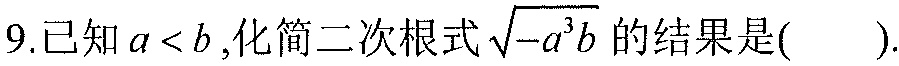
9.已知\(a < b\),化简二次根式\(\sqrt{-a^{3}b}\)的结果是( ).